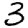
Digit: 3